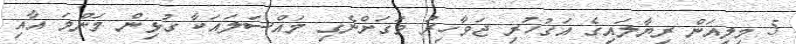
5 މިލިއަން ރިޔާލައިގެ އަގުހުރި ޖަވާހިރު ވަގަށްނެގި މައްސަލައަކާ ގުޅިން މަންމަ އާއި